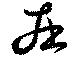
在